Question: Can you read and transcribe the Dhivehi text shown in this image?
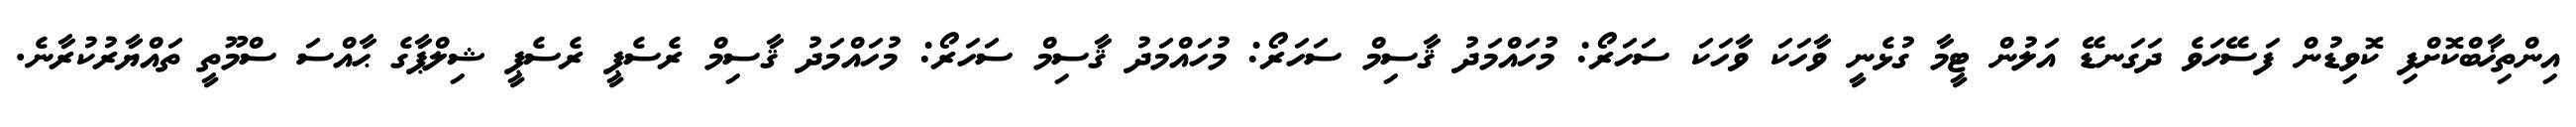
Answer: އިންތިޚާބްކޮށްފި ކޮވިޑުން ފަސޭހަވެ ދަގަނޑޭ އަލުން ޓީމާ ގުޅެނީ ވާހަކަ ވާހަކަ ސަހަރޯ: މުހައްމަދު ޤާސިމް ސަހަރޯ: މުހައްމަދު ޤާސިމް ސަހަރޯ: މުހައްމަދު ޤާސިމް ރެސެޕީ ރެސެޕީ ޝިލްޕާގެ ޙާއްސަ ސްމޫތީ ތައްޔާރުކުރާނެ.